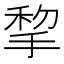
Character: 𢮃